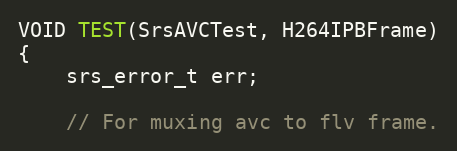
Language: C++
VOID TEST(SrsAVCTest, H264IPBFrame)
{
    srs_error_t err;

    // For muxing avc to flv frame.